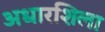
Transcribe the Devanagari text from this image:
अधारशिला